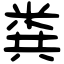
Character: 粪